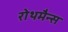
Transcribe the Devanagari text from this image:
रोथमैन्स